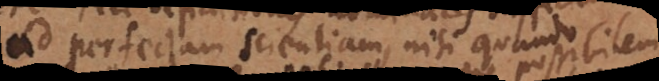
ad perfectam scientiam, nisi quando